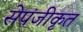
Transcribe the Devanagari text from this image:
सेपंजीकृत